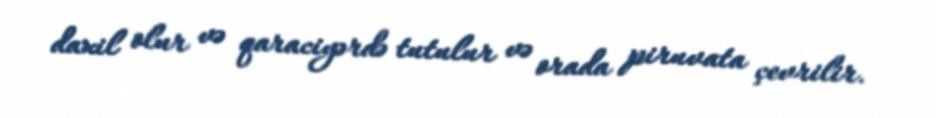
daxil olur və qaraciyərdə tutulur və orada piruvata çevrilir.